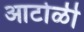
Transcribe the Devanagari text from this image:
आटोळी